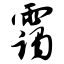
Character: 霭